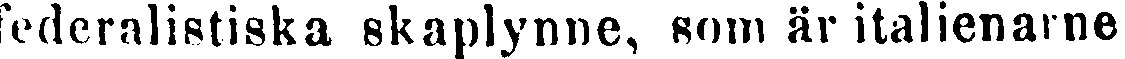
federalistiska skaplynne, som är italienarne